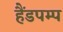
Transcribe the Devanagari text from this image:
हैंडपम्प